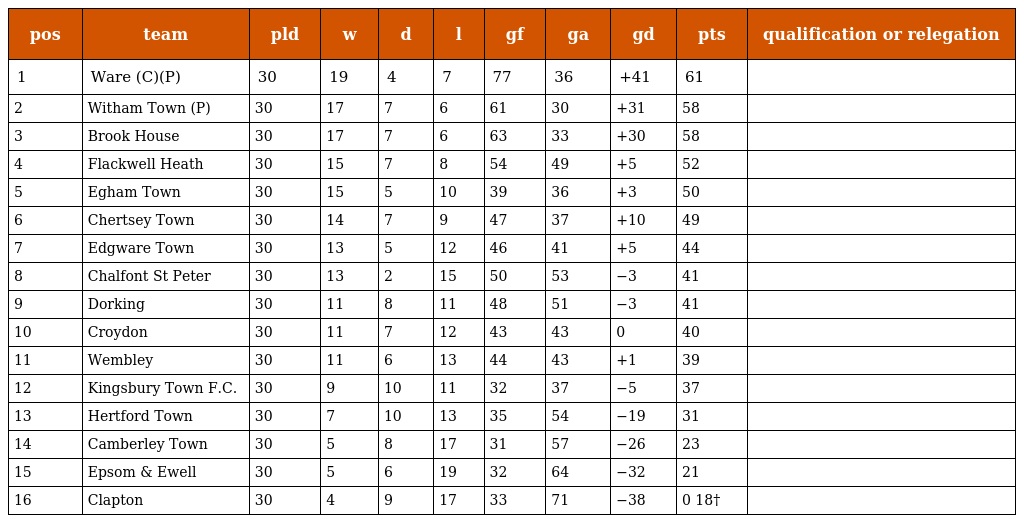
| pos | team | pld | w | d | l | gf | ga | gd | pts | qualification or relegation |
 | --- | --- | --- | --- | --- | --- | --- | --- | --- | --- | --- |
 | 1 | Ware (C)(P) | 30 | 19 | 4 | 7 | 77 | 36 | +41 | 61 |  |
 | 2 | Witham Town (P) | 30 | 17 | 7 | 6 | 61 | 30 | +31 | 58 |  |
 | 3 | Brook House | 30 | 17 | 7 | 6 | 63 | 33 | +30 | 58 |  |
 | 4 | Flackwell Heath | 30 | 15 | 7 | 8 | 54 | 49 | +5 | 52 |  |
 | 5 | Egham Town | 30 | 15 | 5 | 10 | 39 | 36 | +3 | 50 |  |
 | 6 | Chertsey Town | 30 | 14 | 7 | 9 | 47 | 37 | +10 | 49 |  |
 | 7 | Edgware Town | 30 | 13 | 5 | 12 | 46 | 41 | +5 | 44 |  |
 | 8 | Chalfont St Peter | 30 | 13 | 2 | 15 | 50 | 53 | −3 | 41 |  |
 | 9 | Dorking | 30 | 11 | 8 | 11 | 48 | 51 | −3 | 41 |  |
 | 10 | Croydon | 30 | 11 | 7 | 12 | 43 | 43 | 0 | 40 |  |
 | 11 | Wembley | 30 | 11 | 6 | 13 | 44 | 43 | +1 | 39 |  |
 | 12 | Kingsbury Town F.C. | 30 | 9 | 10 | 11 | 32 | 37 | −5 | 37 |  |
 | 13 | Hertford Town | 30 | 7 | 10 | 13 | 35 | 54 | −19 | 31 |  |
 | 14 | Camberley Town | 30 | 5 | 8 | 17 | 31 | 57 | −26 | 23 |  |
 | 15 | Epsom & Ewell | 30 | 5 | 6 | 19 | 32 | 64 | −32 | 21 |  |
 | 16 | Clapton | 30 | 4 | 9 | 17 | 33 | 71 | −38 | 0 18† |  |